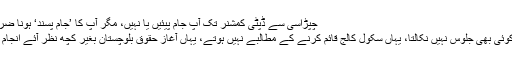
چپڑاسی سے ڈپٹی کمشنر تک آپ جام پیئیں یا نہیں، مگر آپ کا ’جام پسند‘ ہونا ضروری ہے ……
سڑک کے لیے کوئی بھی جلوس نہیں نکالتا، یہاں سکول کالج قائم کرنے کے مطالبے نہیں ہوتے، یہاں آغازِ حقوقِ بلوچستان بغیر کچھ نظر آئے انجام تک پہنچتے ہیں۔